Document type: Inventory
Year: 1295
Scribe: Pere Marc
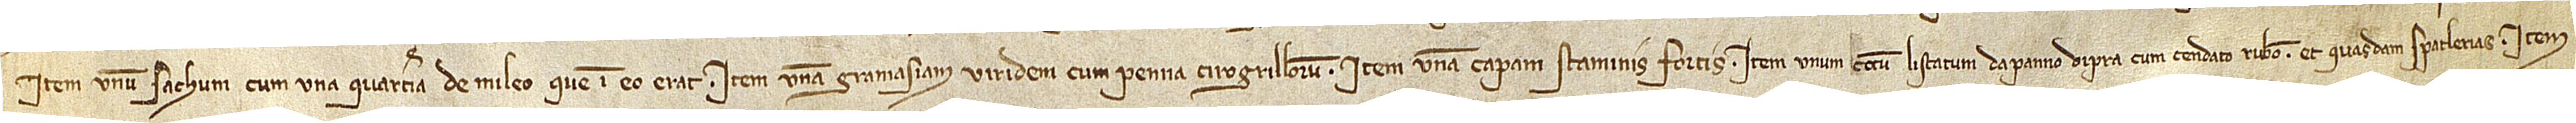
item, unum sachum cum una quarteria de mileo que in eo erat; item, unam gramasiam viridem cum penna cirogrillorum; item, unam capam staminis fortis; item, unum cotum listatum de panno d’Ipra cum cendato rubeo et quasdam spatlerias; item